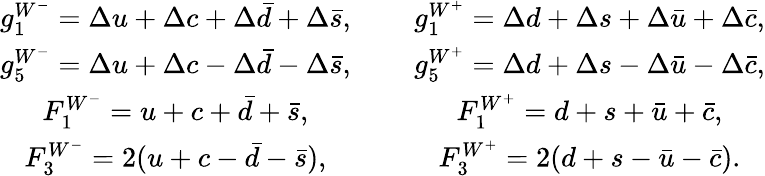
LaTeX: \begin{array}{ccc}{{g_{1}^{W^{-}}=\Delta u+\Delta c+\Delta\bar{d}+\Delta\bar{s},}}&{{\mathrm{~}}}&{{g_{1}^{W^{+}}=\Delta d+\Delta s+\Delta\bar{u}+\Delta\bar{c},}}\\ {{g_{5}^{W^{-}}=\Delta u+\Delta c-\Delta\bar{d}-\Delta\bar{s},}}&{{\mathrm{~}}}&{{g_{5}^{W^{+}}=\Delta d+\Delta s-\Delta\bar{u}-\Delta\bar{c},}}\\ {{F_{1}^{W^{-}}=u+c+\bar{d}+\bar{s},}}&{{\mathrm{~}}}&{{F_{1}^{W^{+}}=d+s+\bar{u}+\bar{c},}}\\ {{F_{3}^{W^{-}}=2(u+c-\bar{d}-\bar{s}),}}&{{\mathrm{~}}}&{{F_{3}^{W^{+}}=2(d+s-\bar{u}-\bar{c}).}}\end{array}